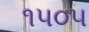
૧૫૦૫